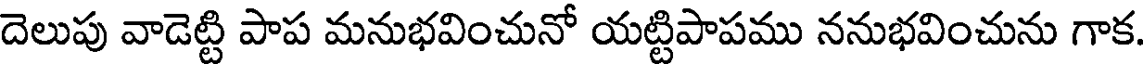
దెలుపు వాడెట్టి పాప మనుభవించునో యట్టిపాపము ననుభవించును గాక